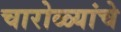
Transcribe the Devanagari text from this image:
चारोळ्यांचे